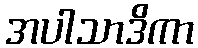
အပါသာဒိကာ